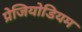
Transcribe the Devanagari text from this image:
प्रेजियोडियम